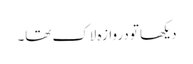
دیکھا تو دروازہ لاک تھا۔